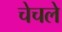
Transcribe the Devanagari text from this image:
चेचले